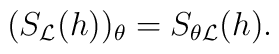
(S_{\cal L}(h))_\theta =S_{\theta{\cal L}}(h).